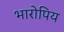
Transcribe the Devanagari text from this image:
भारोपिय